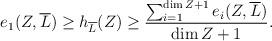
LaTeX: \begin{align*}e_1(Z,\overline{L})\ge h_{\overline{L}}(Z)\ge \frac{\sum_{i=1}^{\dim Z+1}e_i(Z,\overline{L})}{\dim Z+1}.\end{align*}